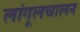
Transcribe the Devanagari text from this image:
लांगूलचालन